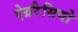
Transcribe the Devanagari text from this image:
ऐग्ररैसियो